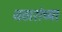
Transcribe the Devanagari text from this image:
जठारांच्या